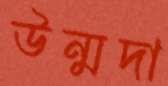
উন্মদা